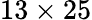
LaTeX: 13\times 25